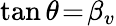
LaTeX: \tan{\theta}\! =\! \beta_{v}